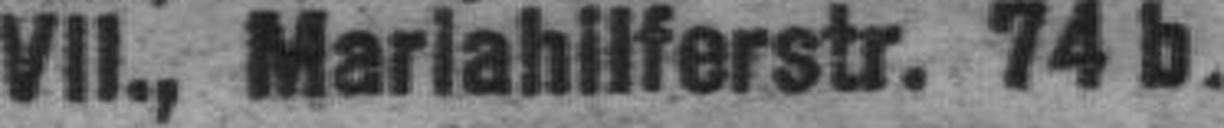
VII., Mariahilferstr. 74 b.